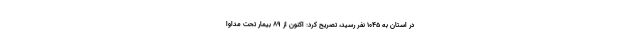
در استان به ۱۰۴۵ نفر رسید، تصریح کرد: اکنون از ۸۹ بیمار تحت مداوا